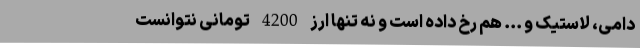
دامی، لاستیک و ... هم رخ داده است و نه تنها ارز 4200 تومانی نتوانست